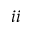
\romannumeral 2